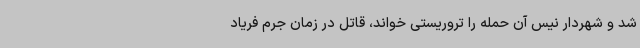
شد و شهردار نیس آن حمله را تروریستی خواند، قاتل در زمان جرم فریاد